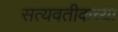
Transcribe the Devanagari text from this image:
सत्यवतीकच्या